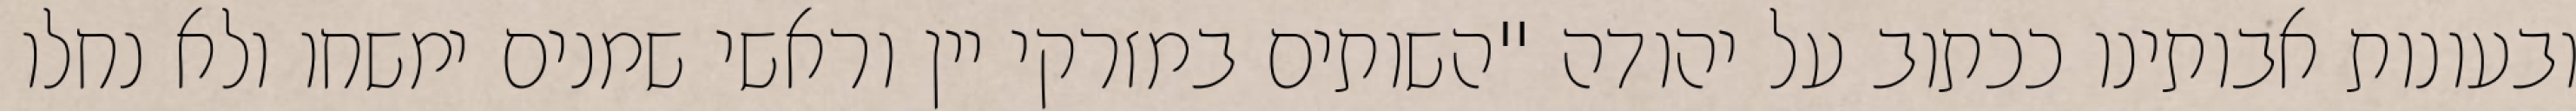
ובעונות אבותינו ככתוב על יהודה "השותים במזרקי יין וראשי‏ שמנים ימשחו ולא נחלו